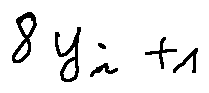
8 y _ { i + 1 }